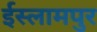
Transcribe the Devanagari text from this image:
ईस्लामपुर